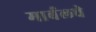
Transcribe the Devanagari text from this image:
मार्बलचे